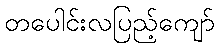
တပေါင်းလပြည့်ကျော်